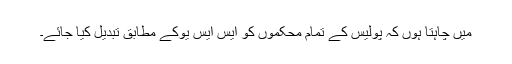
میں چاہتا ہوں کہ پولیس کے تمام محکموں کو ایس ایس یوکے مطابق تبدیل کیا جائے۔